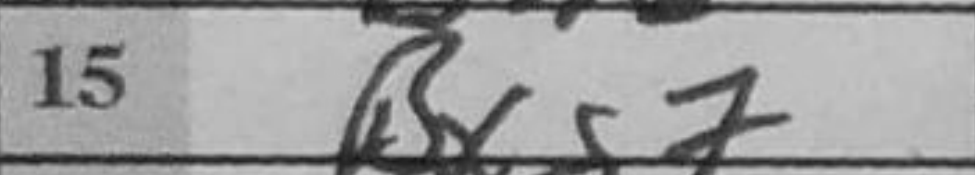
Transcription: Bxg7